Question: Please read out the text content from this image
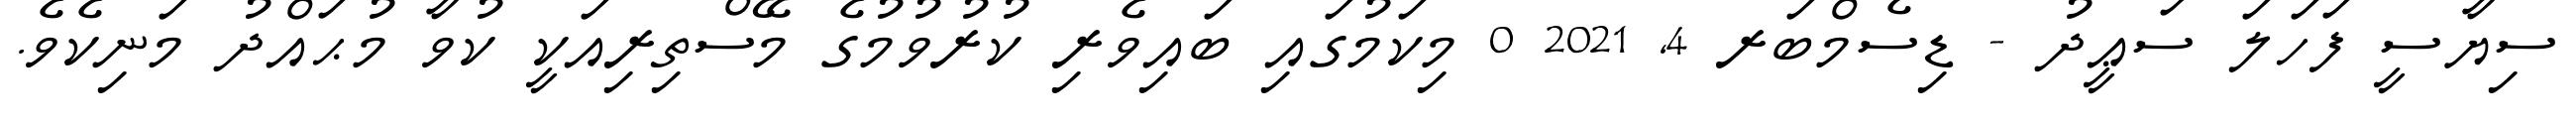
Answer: ސިޔާސީ ފަހަލަ ސަޢީދު - ޑިސެމްބަރ 4, 2021 0 މިކަމުގައި ބައިވެރި ކުރުވުމުގެ މޭސްތިރިއަކީ ކުވާ މުޙައްދު މަނިކެވެ.